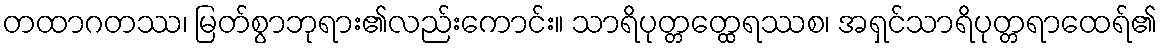
တထာဂတဿ၊ မြတ်စွာဘုရား၏လည်းကောင်း။ သာရိပုတ္တတ္ထေရဿစ၊ အရှင်သာရိပုတ္တရာထေရ်၏